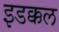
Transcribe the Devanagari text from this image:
इडक्कल